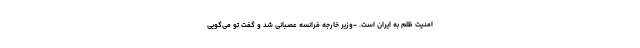
امنیت ظلم به ایران است. -وزیر خارجه فرانسه عصبانی شد و گفت تو می‌گویی